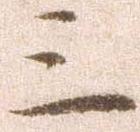
三